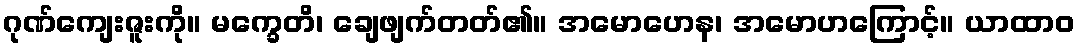
ဂုဏ်ကျေးဇူးကို။ မက္ခေတိ၊ ချေဖျက်တတ်၏။ အမောဟေန၊ အမောဟကြောင့်။ ယာထာဝ